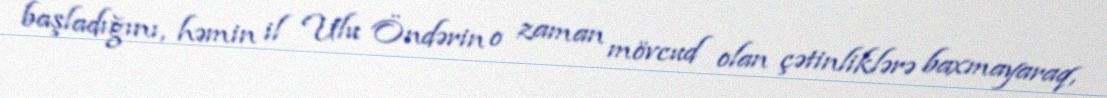
başladığını, həmin il Ulu Öndərin o zaman mövcud olan çətinliklərə baxmayaraq,